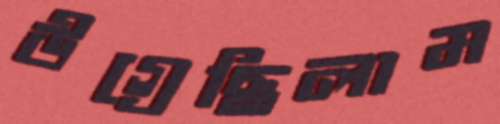
উগ্‌রেছিলাম